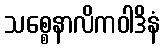
သစ္စေနာလိကဝါဒိနံ